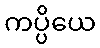
ကပ္ပိယေ